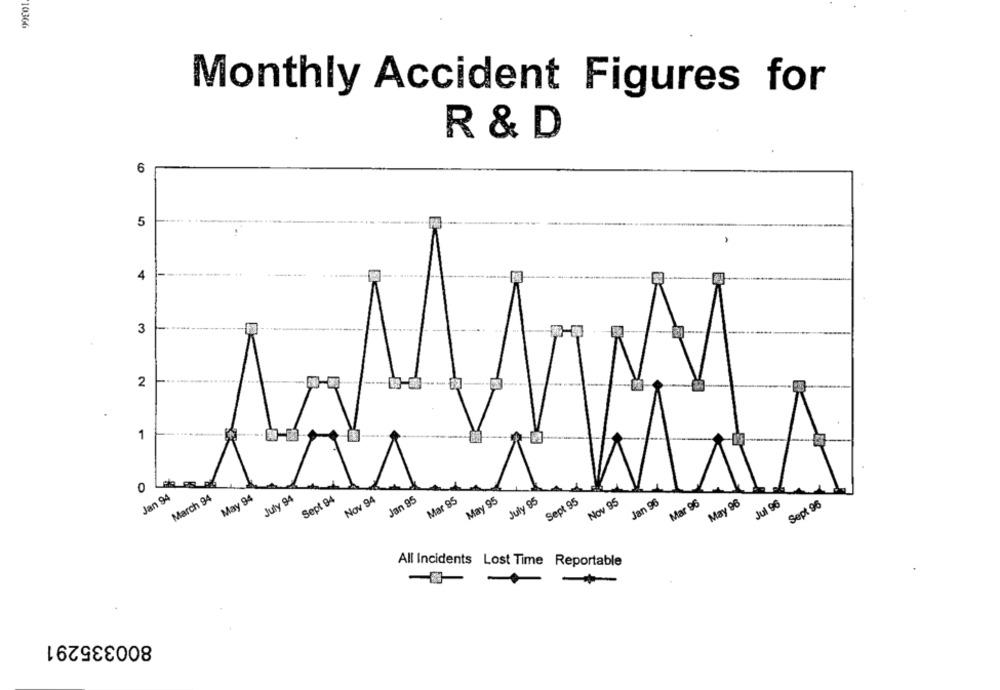
10366
Monthly Accident Figures for
R & D
6
5
A
4
3
2
1
0
Jan 94
March 94
May 94
July 94
Sept 94
Nov 94
Jan 95
Mar 95
May 95
July 95
Sept 95
Nov 95
Jan 96
Mar 96
May 96
Jul 96
Sept 96
All Incidents Lost Time Reportable
800335291